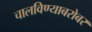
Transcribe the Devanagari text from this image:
चालविण्याबरोबर